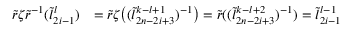
\begin{array} { r l } { \widetilde { r } \zeta \widetilde { r } ^ { - 1 } ( \widetilde { l } _ { 2 i - 1 } ^ { l } ) } & { = \widetilde { r } \zeta \bigl ( ( \widetilde { l } _ { 2 n - 2 i + 3 } ^ { k - l + 1 } ) ^ { - 1 } \bigr ) = \widetilde { r } ( ( \widetilde { l } _ { 2 n - 2 i + 3 } ^ { k - l + 2 } ) ^ { - 1 } ) = \widetilde { l } _ { 2 i - 1 } ^ { l - 1 } } \end{array}